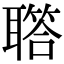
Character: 𦗧